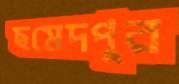
ছমেদপুর